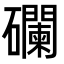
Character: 䃹